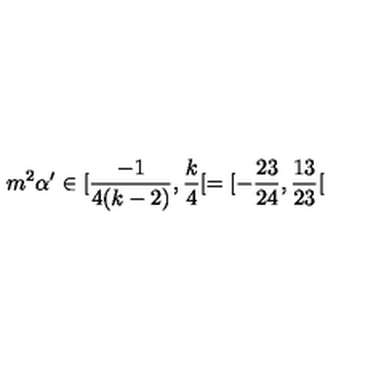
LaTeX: m ^ { 2 } \alpha ^ { \prime } \in [ \frac { - 1 } { 4 ( k - 2 ) } , \frac { k } { 4 } [ = [ - \frac { 2 3 } { 2 4 } , \frac { 1 3 } { 2 3 } [